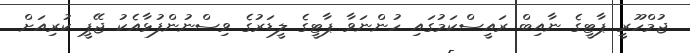
ޖުމްހޫރީ ޕާޓީގެ ނާއިބް ރައީސްކަމުގައި ހުންނަވާ ޕާޓީގެ ލީޑަރުގެ ވިސްނުންފުޅާއެކު ޖޭޕީ ކުރިއަށް